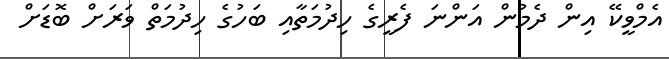
އެމްވީކޭ އިން ދެމުން އަންނަ ފެެރީގެ ހިދުމަތާއި ބަހުގެ ހިދުމަތް ވަަރަށް ބޮޑަށް